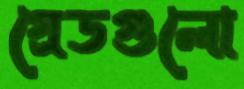
গ্রেডগুলো